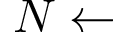
N \gets